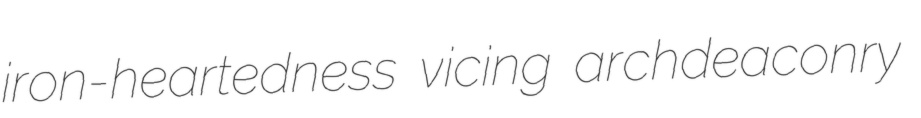
iron-heartedness vicing archdeaconry